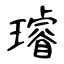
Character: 璿